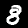
Digit: 8